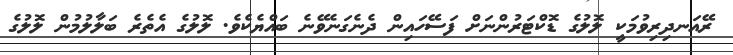
ރޭއަނދިރިވުމަކީ ލޮލުގެ ޑޮކްޓަރުންނަށް ފަސޭހައިން ދެނެގަނެވޭނެ ބައްޔެކެވެ. ލޮލުގެ އެތެރެ ބަލާލުމުން ލޮލުގެ